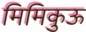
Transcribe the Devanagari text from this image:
मिमिकुऊ